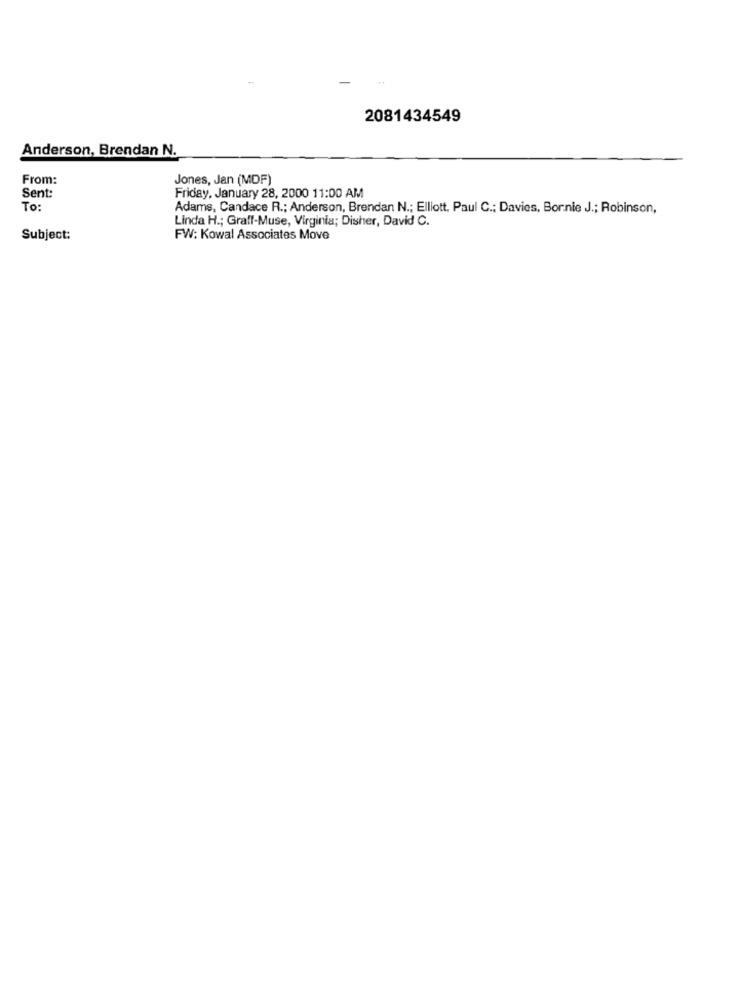
2081434549
Anderson, Brendan N.
From:
Jones, Jan (MDF)
Sent:
Friday, January 28, 2000 11:00 AM
To:
Adams, Candace R .; Anderson, Brendan N .; Elliott, Paul C .; Davies, Bornie J .; Robinson,
Linda H .; Graff-Muse, Virginia; Disher, David C.
Subject:
FW: Kowal Associates Move